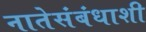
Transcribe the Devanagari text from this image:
नातेसंबंधाशी